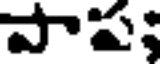
పాప;